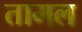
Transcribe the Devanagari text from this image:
तामल